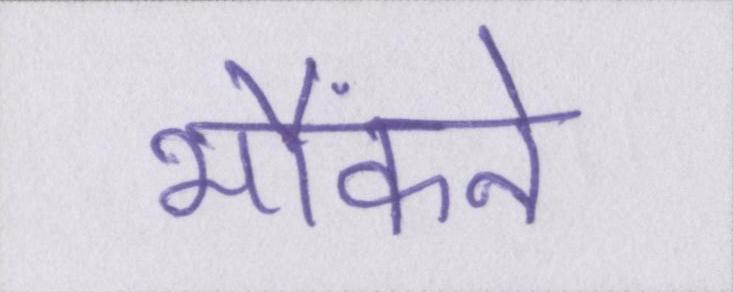
भौंकने